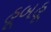
હૂબહૂ